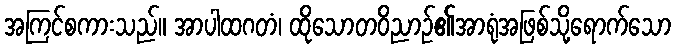
အကြင်စကားသည်။ အာပါထဂတံ၊ ထိုသောတဝိညာဉ်၏အာရုံအဖြစ်သို့ရောက်သော